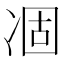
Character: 凅